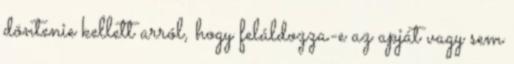
döntenie kellett arról, hogy feláldozza-e az apját vagy sem